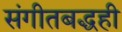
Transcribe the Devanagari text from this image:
संगीतबद्धही